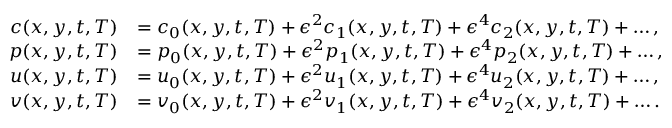
\begin{array} { r l } { c ( x , y , t , T ) } & { = c _ { 0 } ( x , y , t , T ) + \epsilon ^ { 2 } c _ { 1 } ( x , y , t , T ) + \epsilon ^ { 4 } c _ { 2 } ( x , y , t , T ) + \hdots , } \\ { p ( x , y , t , T ) } & { = p _ { 0 } ( x , y , t , T ) + \epsilon ^ { 2 } p _ { 1 } ( x , y , t , T ) + \epsilon ^ { 4 } p _ { 2 } ( x , y , t , T ) + \hdots , } \\ { u ( x , y , t , T ) } & { = u _ { 0 } ( x , y , t , T ) + \epsilon ^ { 2 } u _ { 1 } ( x , y , t , T ) + \epsilon ^ { 4 } u _ { 2 } ( x , y , t , T ) + \hdots , } \\ { v ( x , y , t , T ) } & { = v _ { 0 } ( x , y , t , T ) + \epsilon ^ { 2 } v _ { 1 } ( x , y , t , T ) + \epsilon ^ { 4 } v _ { 2 } ( x , y , t , T ) + \hdots . } \end{array}